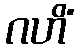
ဂဟိံ